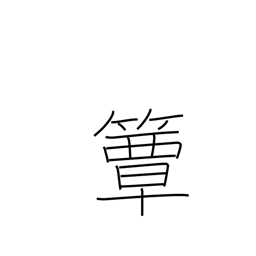
Meaning: round bamboo lunchbox